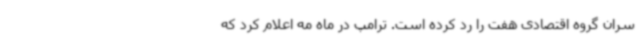
سران گروه اقتصادی هفت را رد کرده است. ترامپ در ماه مه اعلام کرد که